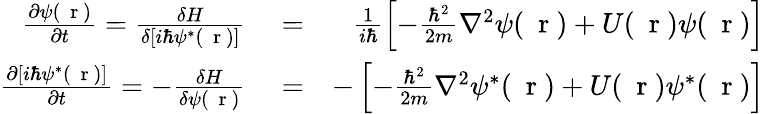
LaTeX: \begin{array}{rlr}{\frac{\partial\psi(\mathrm{~\mathbf~r~})}{\partial t}=\frac{\delta H}{\delta[i\hbar\psi^{*}(\mathrm{~\mathbf~r~})]}}&{{}=}&{\frac{1}{i\hbar}\left[-\frac{\hbar^{2}}{2m}\nabla^{2}\psi(\mathrm{~\mathbf~r~})+U(\mathrm{~\mathbf~r~})\psi(\mathrm{~\mathbf~r~})\right]}\\ {\frac{\partial[i\hbar\psi^{*}(\mathrm{~\mathbf~r~})]}{\partial t}=-\frac{\delta H}{\delta\psi(\mathrm{~\mathbf~r~})}}&{{}=}&{-\left[-\frac{\hbar^{2}}{2m}\nabla^{2}\psi^{*}(\mathrm{~\mathbf~r~})+U(\mathrm{~\mathbf~r~})\psi^{*}(\mathrm{~\mathbf~r~})\right]}\end{array}